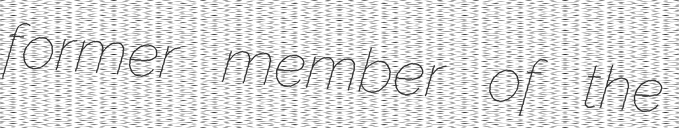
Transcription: former member of the